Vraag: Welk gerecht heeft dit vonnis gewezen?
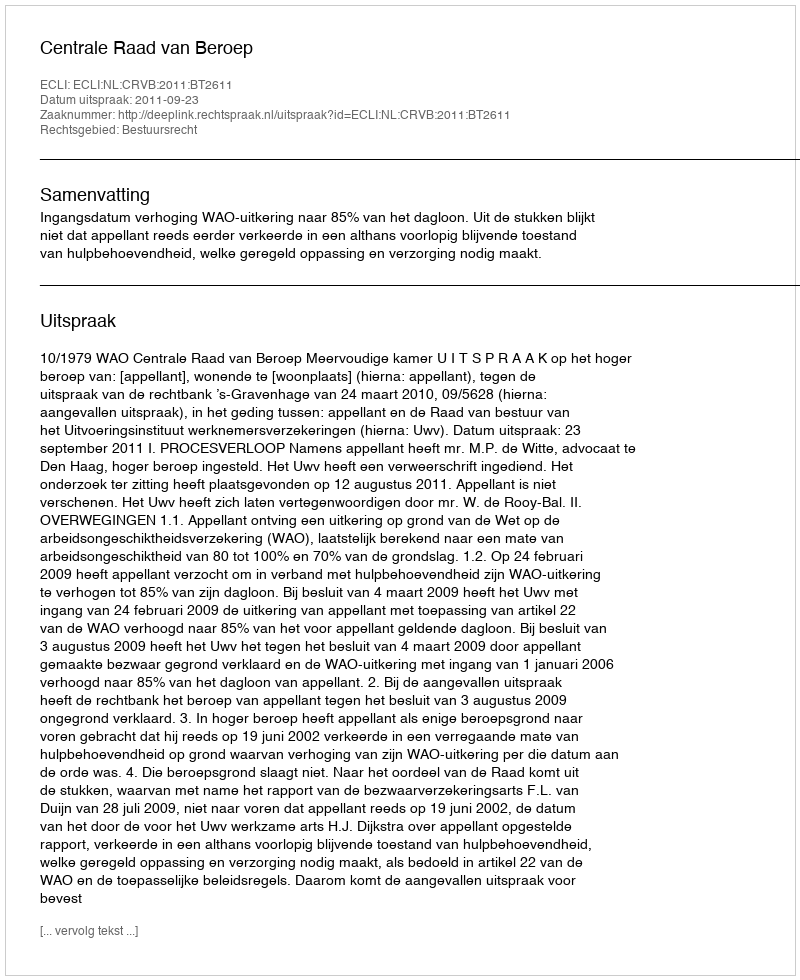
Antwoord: Centrale Raad van Beroep